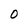
Character: 0